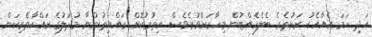
އަދި ހަމަ އެއާއެކު ރަށުތެރެ ބެލެހެއްޓުން މިހާރަށްވުރެވެސް އިތުރުކޮށް ރައްޔިތުންނާ މުދަލުގެ ރައްކާތެރިކަން